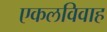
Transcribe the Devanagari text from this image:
एकलविवाह